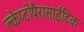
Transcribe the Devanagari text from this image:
क्लेप्टोपैरासाईटिक